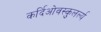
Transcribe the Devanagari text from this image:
कर्दिओवस्कुलर्ल्य